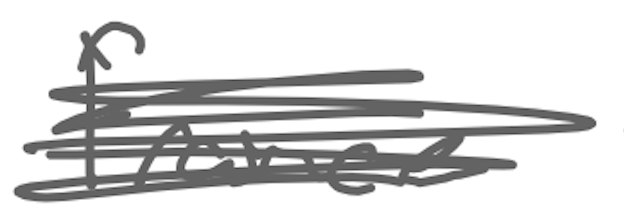
Text: France
Cross-out: scratch
Writing tool: digital_gray